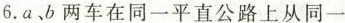
6.a、b两车在同一平直公路上从同一